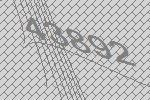
43892